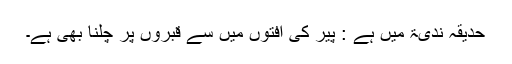
حَدِیْقَۂ نَدِیّۃ میں ہے : پَیر کی آفتوں میں سے قبروں پر چلنا بھی ہے۔